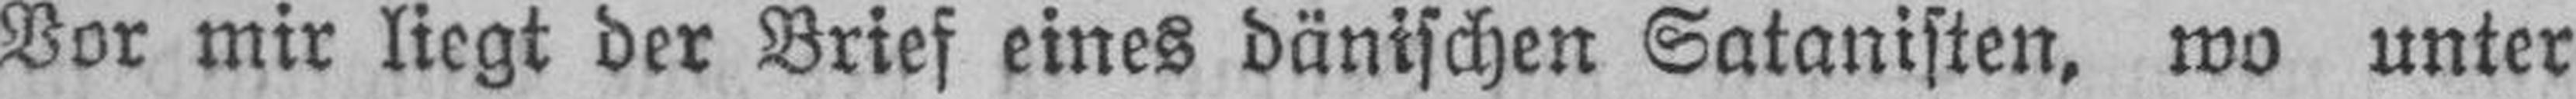
Vor mir liegt der Brief eines dänischen Satanisten, wo unter